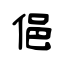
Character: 俋